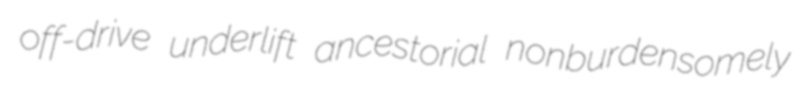
off-drive underlift ancestorial nonburdensomely